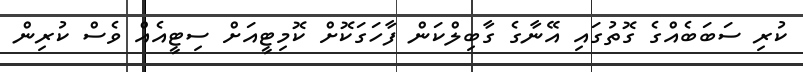
ކުރި ސަބަބެއްގެ ގޮތުގައި އޭނާގެ ގާބިލްކަން ފާހަގަކޮށް ކޮމިޓީއަށް ސިޓީއެއް ވެސް ކުރިން